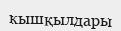
кышқылдары